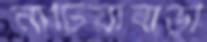
নাটিয়াবাড়ী